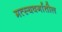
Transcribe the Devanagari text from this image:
मत्स्यवर्गातील